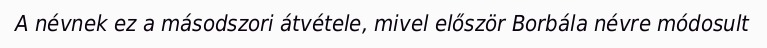
A névnek ez a másodszori átvétele, mivel először Borbála névre módosult